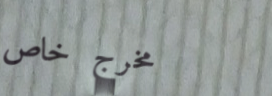
مخرج خاص